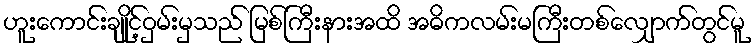
ဟူးကောင်းချိုင့်ဝှမ်းမှသည် မြစ်ကြီးနားအထိ အဓိကလမ်းမကြီးတစ်လျှောက်တွင်မူ